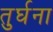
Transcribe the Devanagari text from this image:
तुर्घना